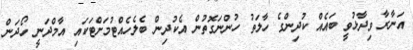
އަނާރާ ވިދާޅުވީ ބައެއް ކުދިންގެ ހާލަތު ހުންނަގޮތުން އެކުދިން ބެލެހެއްޓުމަށްޓަކައި އާމްދަނީ ހޯދަން